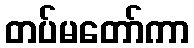
တပ်မတော်ကာ